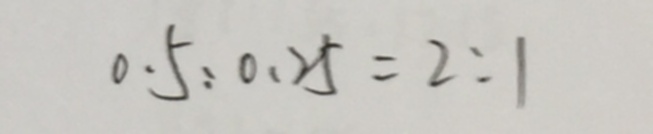
0 . 5 : 0 . 2 5 = 2 : 1